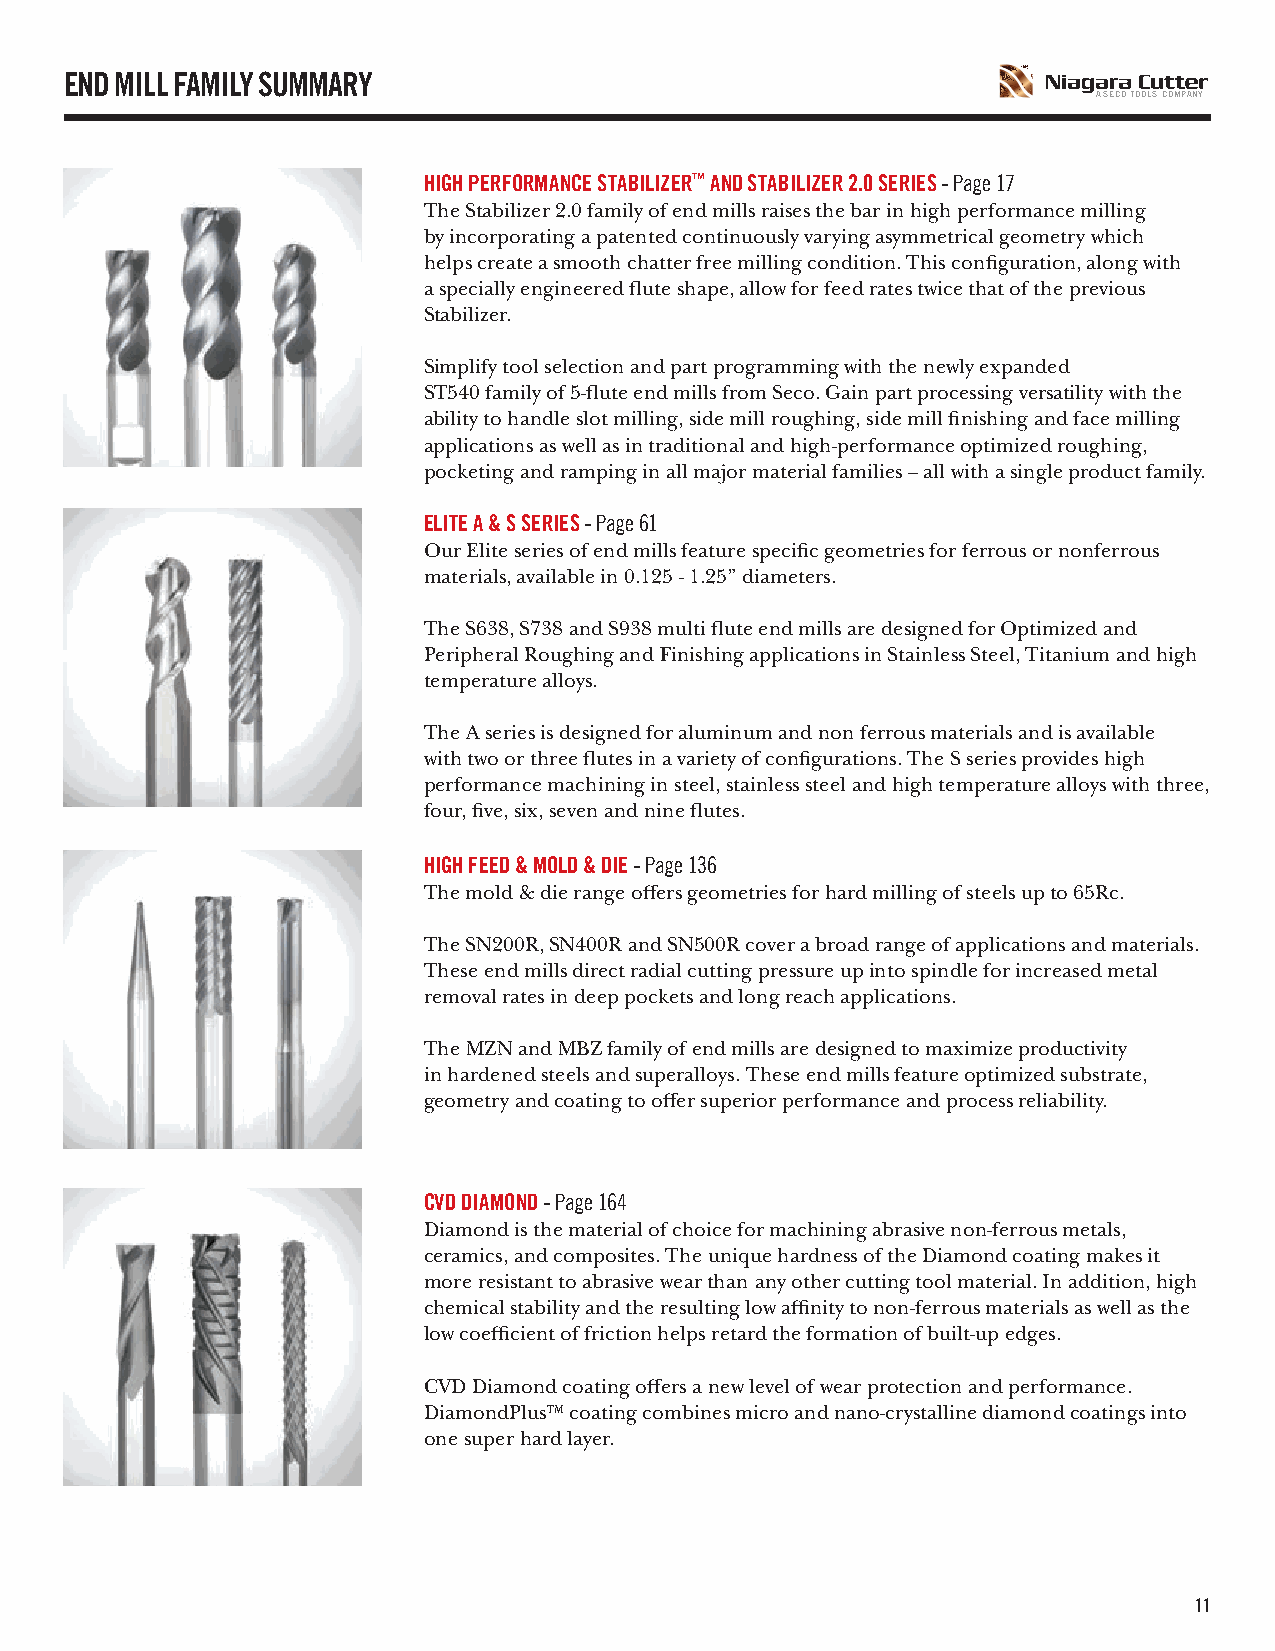
END MILL FAMILY SUMMARY
 A SECO TOOLS COMPANY
 HIGH PERFORMANCE STABILIZER™ AND STABILIZER 2.0 SERIES - Page 17
 The Stabilizer 2.0 family of end mills raises the bar in high performance milling
 by incorporating a patented continuously varying asymmetrical geometry which
 helps create a smooth chatter free milling condition. This configuration, along with
 a specially engineered flute shape, allow for feed rates twice that of the previous
 Stabilizer.
 Simplify tool selection and part programming with the newly expanded
 ST540 family of 5-flute end mills from Seco. Gain part processing versatility with the
 ability to handle slot milling, side mill roughing, side mill finishing and face milling
 applications as well as in traditional and high-performance optimized roughing,
 pocketing and ramping in all major material families – all with a single product family.
 ELITE A & S SERIES - Page 61
 Our Elite series of end mills feature specific geometries for ferrous or nonferrous
 materials, available in 0.125 - 1.25” diameters.
 The S638, S738 and S938 multi flute end mills are designed for Optimized and
 Peripheral Roughing and Finishing applications in Stainless Steel, Titanium and high
 temperature alloys.
 The A series is designed for aluminum and non ferrous materials and is available
 with two or three flutes in a variety of configurations. The S series provides high
 performance machining in steel, stainless steel and high temperature alloys with three,
 four, five, six, seven and nine flutes.
 HIGH FEED & MOLD & DIE - Page 136
 The mold & die range offers geometries for hard milling of steels up to 65Rc.
 The SN200R, SN400R and SN500R cover a broad range of applications and materials.
 These end mills direct radial cutting pressure up into spindle for increased metal
 removal rates in deep pockets and long reach applications.
 The MZN and MBZ family of end mills are designed to maximize productivity
 in hardened steels and superalloys. These end mills feature optimized substrate,
 geometry and coating to offer superior performance and process reliability.
 CVD DIAMOND - Page 164
 Diamond is the material of choice for machining abrasive non-ferrous metals,
 ceramics, and composites. The unique hardness of the Diamond coating makes it
 more resistant to abrasive wear than any other cutting tool material. In addition, high
 chemical stability and the resulting low affinity to non-ferrous materials as well as the
 low coefficient of friction helps retard the formation of built-up edges.
 CVD Diamond coating offers a new level of wear protection and performance.
 DiamondPlus™ coating combines micro and nano-crystalline diamond coatings into
 one super hard layer.
 11